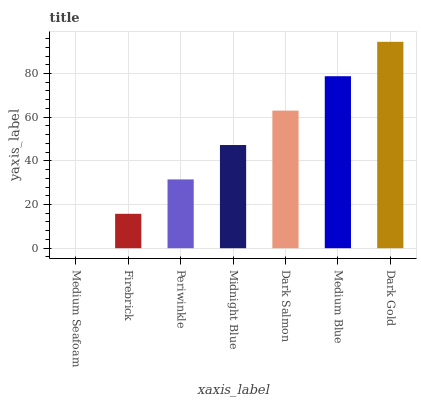
| xaxis_label | bars |
 | --- | --- |
 | Medium Seafoam | 0 |
 | Firebrick | 15.8 |
 | Periwinkle | 31.5 |
 | Midnight Blue | 47.3 |
 | Dark Salmon | 63 |
 | Medium Blue | 78.8 |
 | Dark Gold | 94.5 |